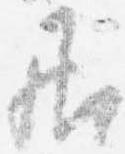
居